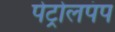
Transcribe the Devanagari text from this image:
पेट्रोलपंप